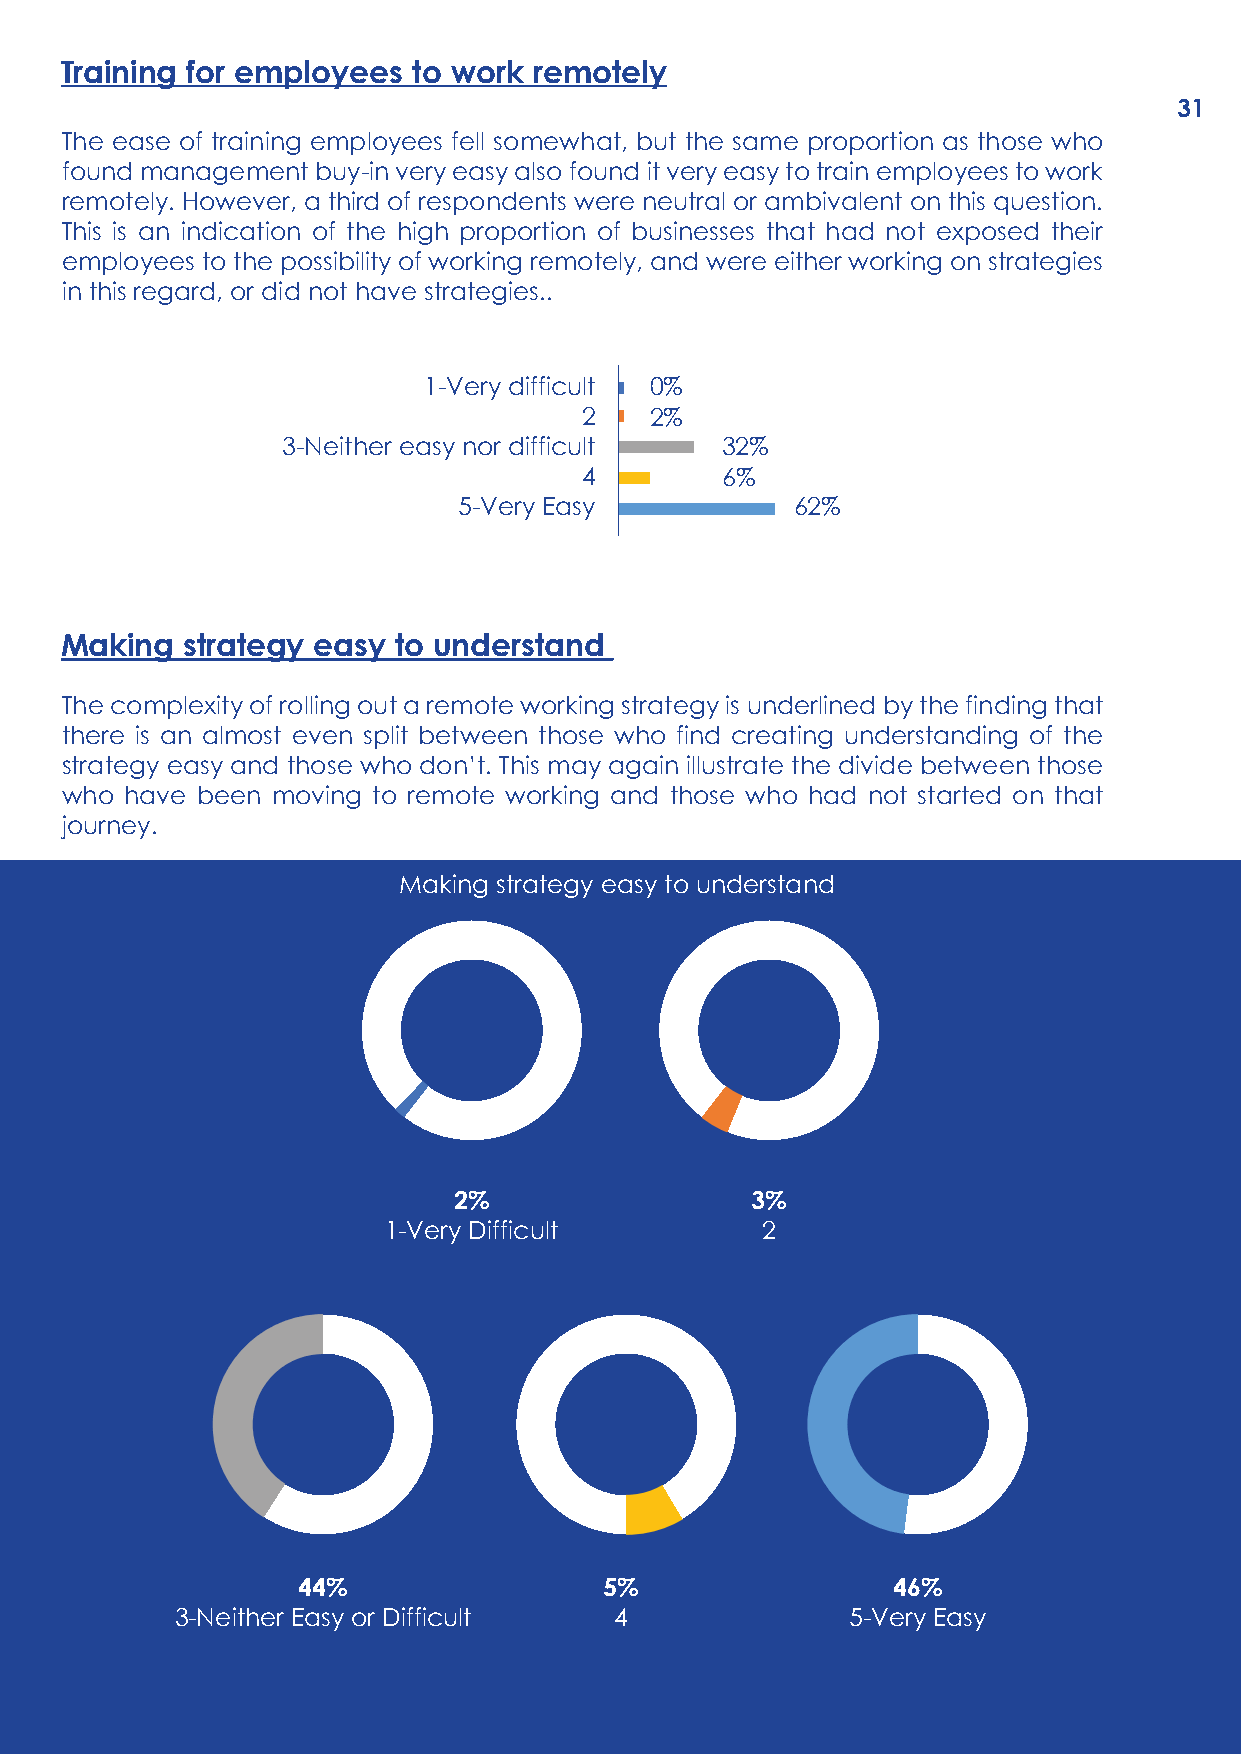
Training for employees to work remotely
 31
 The ease of training employees fell somewhat, but the same proportion as those who
 found management buy-in very easy also found it very easy to train employees to work
 remotely. However, a third of respondents were neutral or ambivalent on this question.
 This is an indication of the high proportion of businesses that had not exposed their
 employees to the possibility of working remotely, and were either working on strategies
 in this regard, or did not have strategies..
 1-Very difficult 0%
 2   2%
 3-Neither easy nor difficult 32%
 4        6%
 5-Very Easy            62%
 Making  strategy easy to understand
 The complexity of rolling out a remote working strategy is underlined by the finding that
 there is an almost even split between those who find creating understanding of the
 strategy easy and those who don’t. This may again illustrate the divide between those
 who have been moving to remote working and those who had not started on that
 journey.
 Making strategy easy to understand
 2%                  3%
 1-Very Difficult         2
 44%                 5%                 46%
 3-Neither Easy or Difficult  4              5-Very Easy